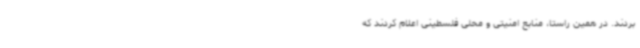
بردند. در همین راستا، منابع امنیتی و محلی فلسطینی اعلام کردند که